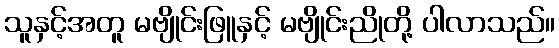
သူနှင့်အတူ မဗျိုင်းဖြူနှင့် မဗျိုင်းညိုတို့ ပါလာသည်။